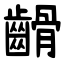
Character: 䶤